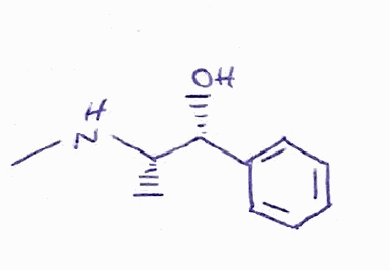
Simplified molecular-input line-entry system (SMILES) notation of the given molecule:
C[C@@H]([C@@H](C1=CC=CC=C1)O)NC